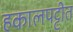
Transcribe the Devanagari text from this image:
हकालपट्टीत